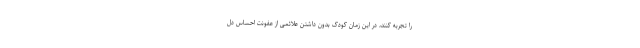
را تجربه کنند، در این زمان کودک بدون داشتن علائمی از عفونت احساس دل